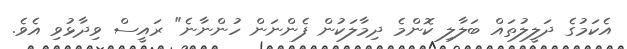
އެކަމުގެ ދަލީލުތައް ބަލާލި ކޮންމެ ދިމާލަކުން ފެންނަން ހުންނާނެ" ރައީސް ވިދާޅުވި އެވެ.